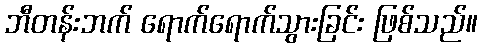
ဘီတန်းဘက် ရောက်ရောက်သွားခြင်း ဖြစ်သည်။